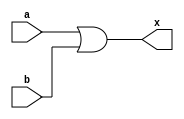
module myor(x, a, b);
output x;
input a, b;

or a0(x, a, b);
endmodule